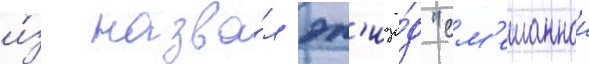
и́з назва́л эп'изо́д "см'ешаннои